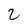
Character: 2